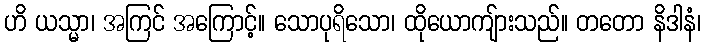
ဟိ ယသ္မာ၊ အကြင် အကြောင့်။ သောပုရိသော၊ ထိုယောကျ်ားသည်။ တတော နိဒါနံ၊